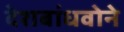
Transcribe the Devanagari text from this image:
देशबांधवोने